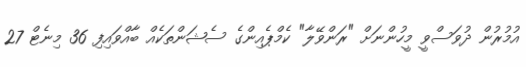
އުމުރުން ދުވަސްވީ މީހުންނަށް "ރަންވޭލާ" ކެމްޕެއިންގެ ސެޝަންތަކެއް ބާއްވައިފި 36 މިނެޓް 27